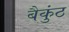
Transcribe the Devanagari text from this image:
बैकुंठ